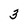
Character: 3